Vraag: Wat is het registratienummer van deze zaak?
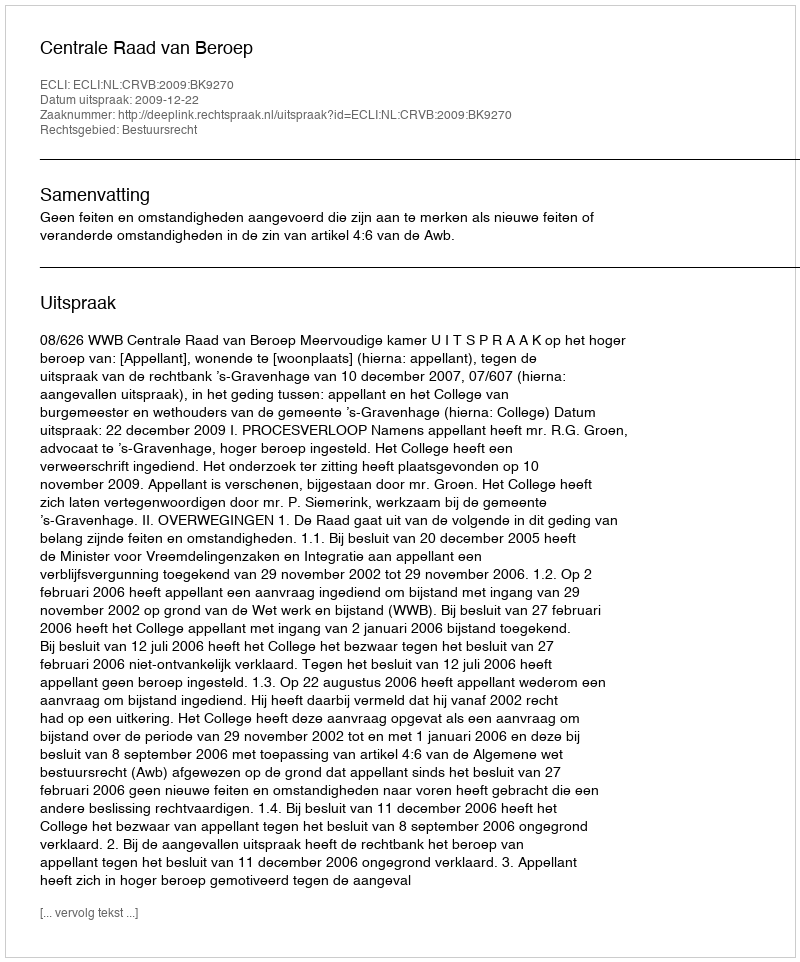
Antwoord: http://deeplink.rechtspraak.nl/uitspraak?id=ECLI:NL:CRVB:2009:BK9270